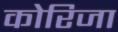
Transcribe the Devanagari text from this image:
कोरिजा